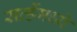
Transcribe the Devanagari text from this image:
सर्व्हेमध्ये